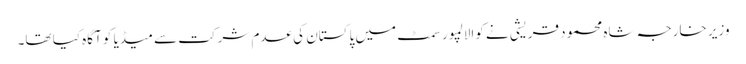
وزیر خارجہ شاہ محمود قریشی نے کوالالمپور سمٹ میں پاکستان کی عدم شرکت سے میڈیا کو آگاہ کیا تھا۔